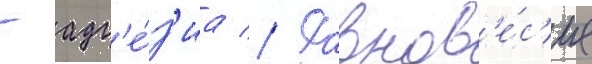
- адг'е́з'иа // Равнов'е́с'ие